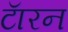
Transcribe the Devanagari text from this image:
टॅारन